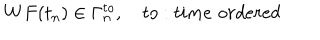
W F ( t _ { n } ) \in \Gamma _ { n } ^ { t o } , \quad t o : t i m e \, \, o r d e r e d